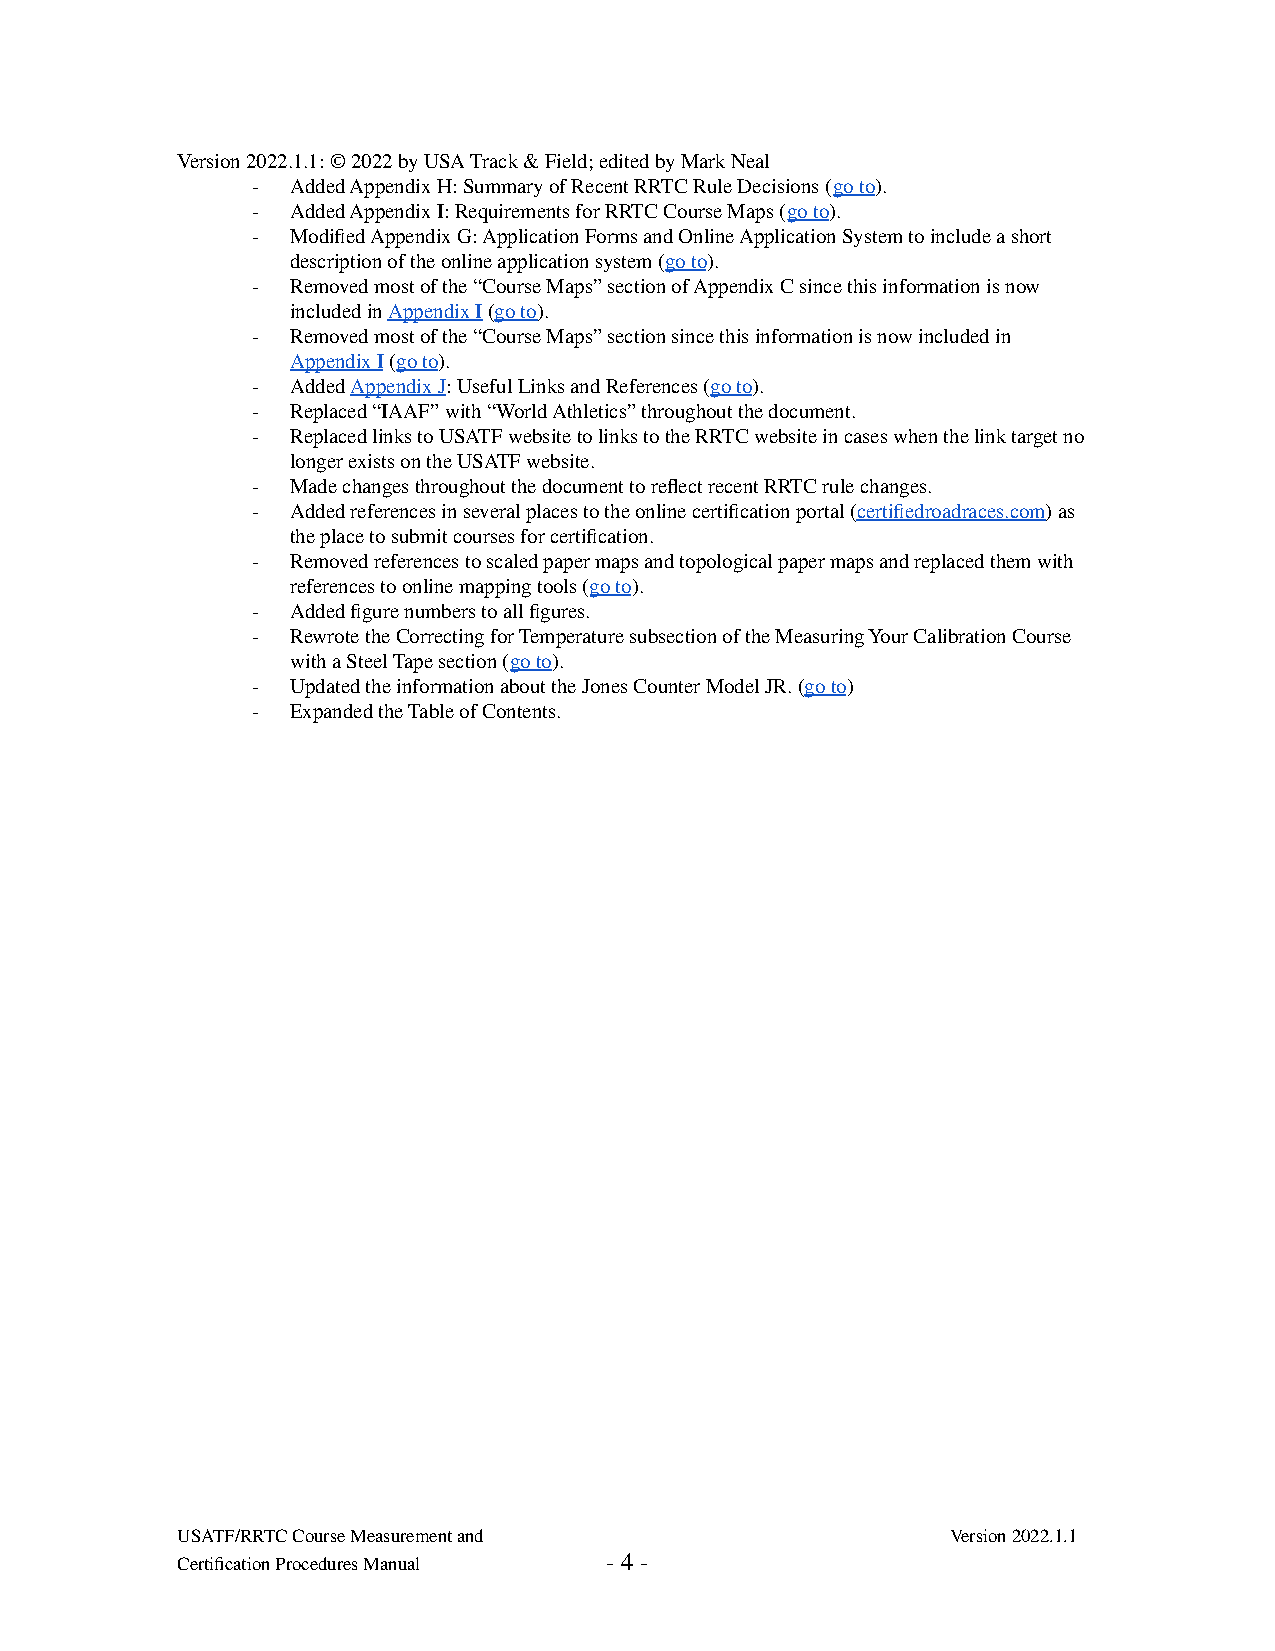
Version 2022.1.1: © 2022 by USA Track & Field; edited by Mark Neal
 - Added Appendix H: Summary of Recent RRTC Rule Decisions (go to).
 - Added Appendix I: Requirements for RRTC Course Maps (go to).
 - Modified Appendix G: Application Forms and Online Application System to include a short
 description of the online application system (go to).
 - Removed most of the “Course Maps” section of Appendix C since this information is now
 included inAppendix I(go to).
 - Removed most of the “Course Maps” section since this information is now included in
 Appendix I(go to).
 - AddedAppendix J: Useful Links and References (goto).
 - Replaced “IAAF” with “World Athletics” throughout the document.
 - Replaced links to USATF website to links to the RRTC website in cases when the link target no
 longer exists on the USATF website.
 - Made changes throughout the document to reflect recent RRTC rule changes.
 - Added references in several places to the online certification portal (certifiedroadraces.com) as
 the place to submit courses for certification.
 - Removed references to scaled paper maps and topological paper maps and replaced them with
 references to online mapping tools (go to).
 - Added figure numbers to all figures.
 - Rewrote the Correcting for Temperature subsection of the Measuring Your Calibration Course
 with a Steel Tape section (go to).
 - Updated the information about the Jones Counter Model JR. (go to)
 - Expanded the Table of Contents.
 USATF/RRTC Course Measurement and                  Version 2022.1.1
 Certification Procedures Manual - 4 -